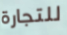
للتجارة